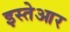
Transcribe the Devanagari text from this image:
इस्तेआर